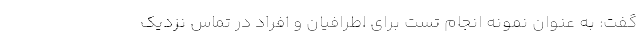
گفت: به عنوان نمونه انجام تست برای اطرافیان و افراد در تماس نزدیک